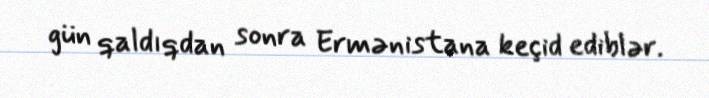
gün qaldıqdan sonra Ermənistana keçid ediblər.